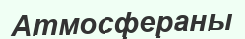
Атмосфераны